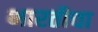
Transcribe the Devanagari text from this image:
भारतीचा